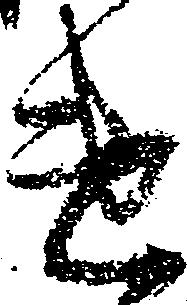
遣